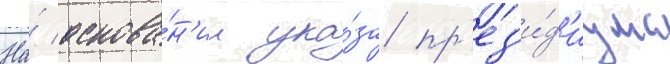
На́ основа́н'ии ука́за пр'ез'и́д'иума